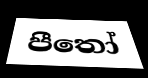
පීතෝ